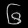
Digit: ၆